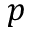
p